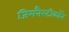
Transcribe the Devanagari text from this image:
जिमनैस्टीकॉन